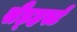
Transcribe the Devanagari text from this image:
सैंड्हर्स्ट